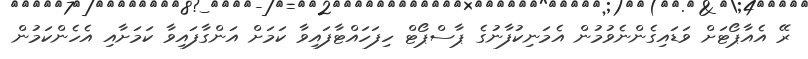
ރޭ އެއާޕޯޓަށް ވަޑައިގެންނެވުމުން އެމަނިކުފާނުގެ ޕާސްޕޯޓް ހިފަހައްޓާފައިވާ ކަމަށް އަންގާފައިވާ ކަމަށާއި އެހެންކަމުން